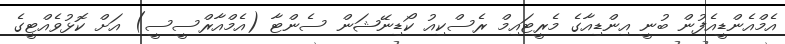
އެމްއެންޑީއެފުން ބުނީ އިންޑިއާގެ މެރީޓައިމް ރެސްކިއު ކޯޑިނޭޝަން ސެންޓާ (އެމްއާރްސީސީ) އަށް ކޮޅުވެއްޓީގެ